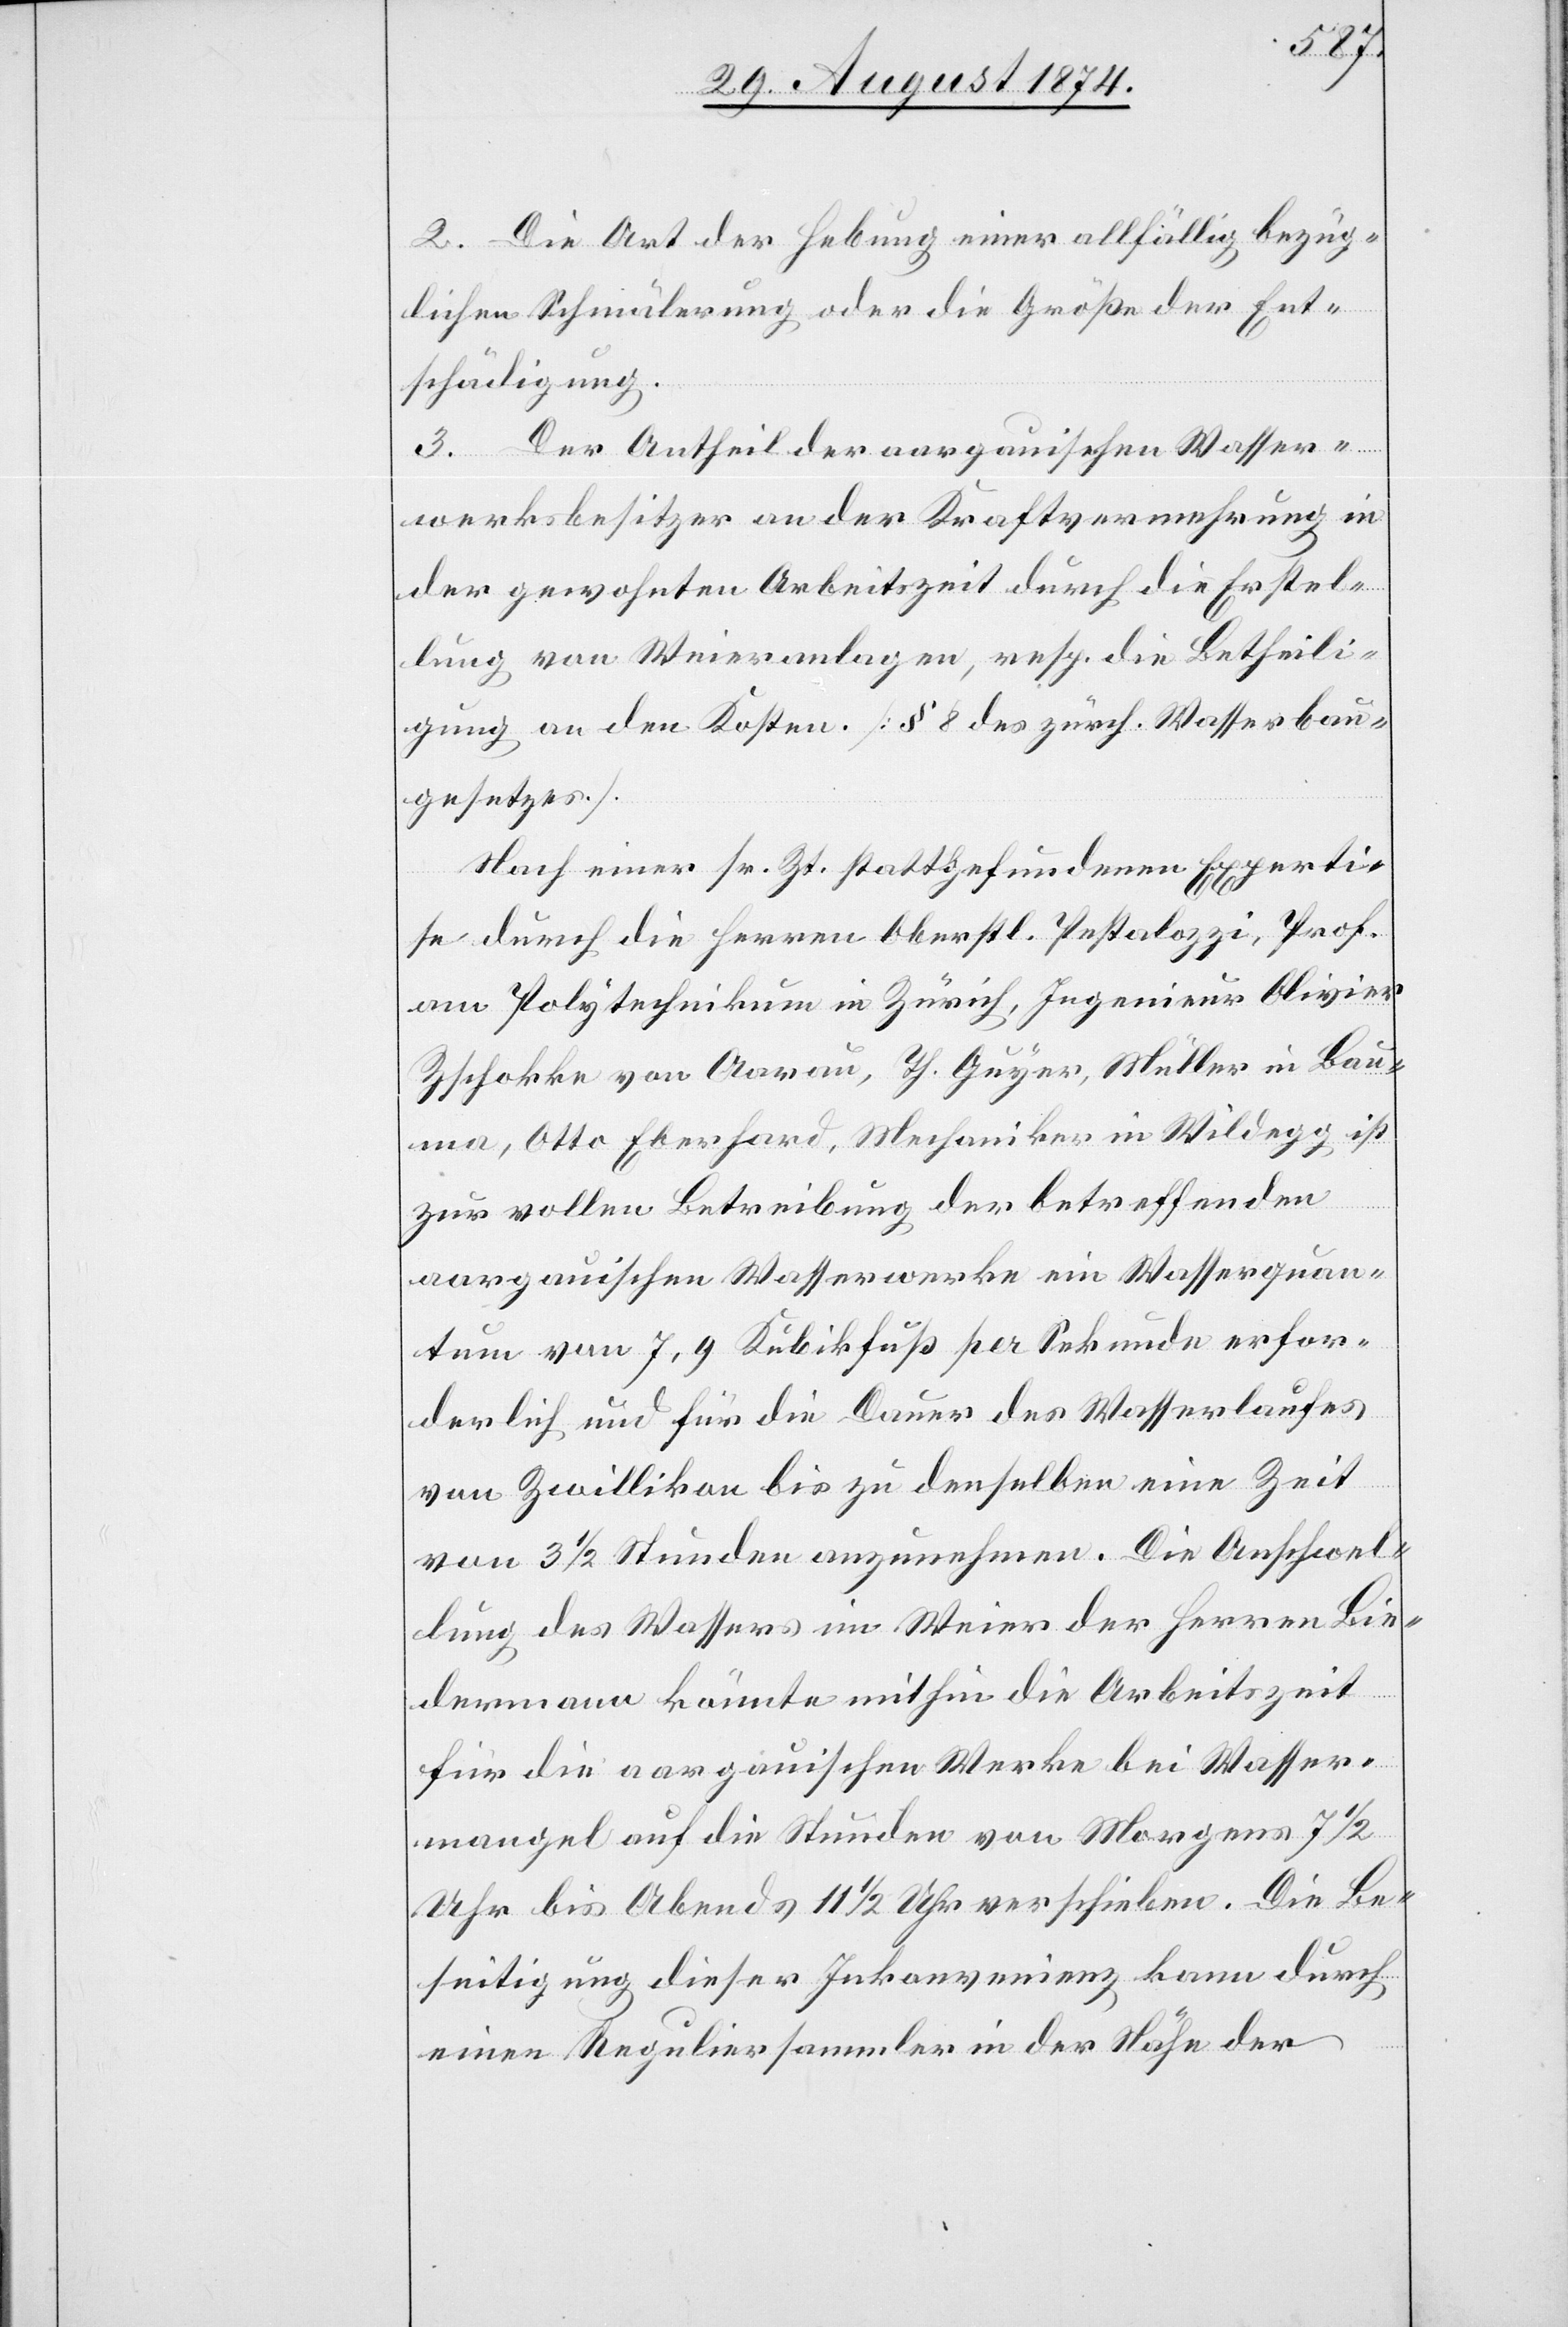
2. Die Art der Hebung einer allfällig bezüg¬
lichen Schmälerung oder die Größe der Ent¬
schädigung.
3. Der Antheil der aargauischen Wasser¬
werksbesitzer an der Kraftvermehrung in
der gewohnten Arbeitszeit durch die Erstel¬
lung von Weieranlagen, resp. die Betheili¬
gung an den Kosten. [§ 8 des zürch. Wasserbau¬
gesetzes.]
Nach einer sr. Zt. stattgefundenen Experti¬
se durch die Herren Oberst Pestalozzi, Prof.
am Polytechnikum in Zürich, Ingenieur Olivier
Zschokke von Aarau, Th. Guyer, Müller in Bau¬
ma, Otto Eberhard, Mechaniker in Wildegg ist
zur vollen Betreibung der betreffenden
aargauischen Wasserwerke ein Wasserquan¬
tum von 7,9 Kubikfuß per Sekunde erfor¬
derlich und für die Dauer des Wasserlaufes
von Zwillikon bis zu denselben eine Zeit
von 3 1/2 Stunden anzunehmen. Die Anschwel¬
lung des Wassers im Weier der Herren Bie¬
dermann könnte mithin die Arbeitszeit
für die aargauischen Werke bei Wasser¬
mangel auf die Stunden von Morgens 7 1/2
Uhr bis Abends 11 1/2 Uhr verschieben. Die Be¬
seitigung dieser Inkonvenienz kann durch
einen Reguliersammler in der Nähe der